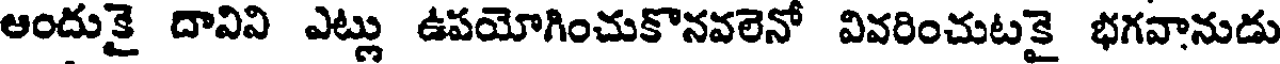
ఆందుకై దావివి ఎట్లు ఉపయోగించుకొనవలెనో వివరించుటకై భగవానుడు